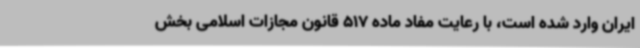
ایران وارد شده است، با رعایت مفاد ماده 517 قانون مجازات اسلامی بخش